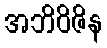
အဘိဝိဇိန